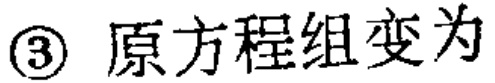
\textcircled{3} 原方程组变为